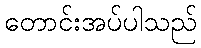
တောင်းအပ်ပါသည်